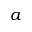
a